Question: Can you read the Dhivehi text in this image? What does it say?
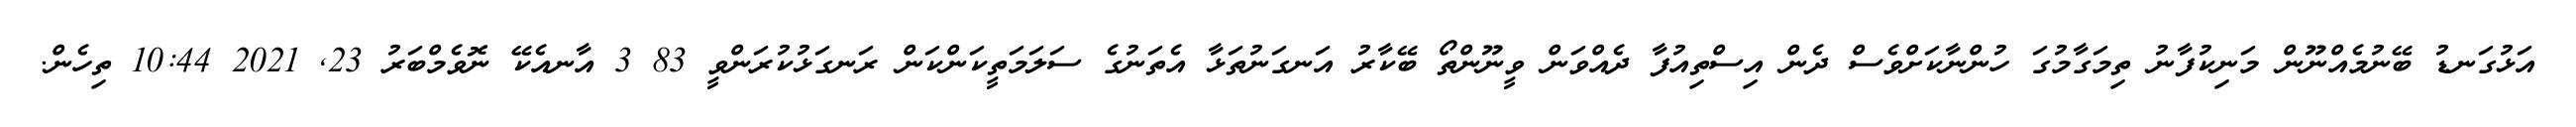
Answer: އަޅުގަނޑު ބޭނުމެއްނޫން މަނިކުފާނު ތިމަގާމުގަ ހުންނާކަށްވެސް ދެން އިސްތިއުފާ ދެއްވަން ވީނޫންތޯ ބޭކާރު އަނގަނުތަޅާ އެތަނުގެ ސަލަމަތީކަންކަން ރަނގަޅުކުރަންވީ 83 3 އާނއެކޭ ނޮވެމްބަރު 23, 2021 10:44 ތިހެން.